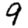
Digit: 9